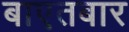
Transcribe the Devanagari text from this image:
बाएतबार